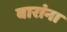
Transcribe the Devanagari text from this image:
वारांना